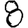
Digit: 8